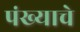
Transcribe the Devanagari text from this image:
पंख्याचे